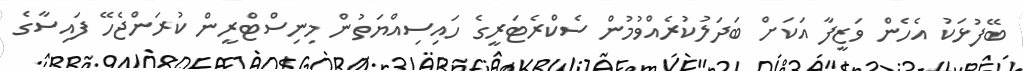
ބޭފުޅަކު އެހެން ވަޒީފާ އަކަށް ބަދަލުކުރެއްވުމުން ސެކްރެޓަރީގެ ހައިސިއްޔަތުން މިނިސްޓްރީން ކުރަންޖެހޭ ފައިސާގެ